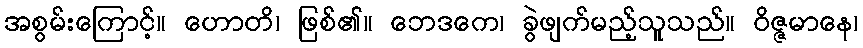
အစွမ်းကြောင့်။ ဟောတိ၊ ဖြစ်၏။ ဘေဒကေ၊ ခွဲဖျက်မည့်သူသည်။ ဝိဇ္ဇမာနေ၊